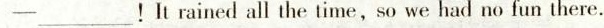
-___ ! It rained all the time, so we had no fun there.